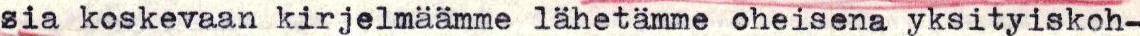
sia koskevaan kirjelmäämme lähetämme oheisena yksityiskoh-